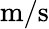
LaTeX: \mathrm{m}/\mathrm{s}